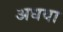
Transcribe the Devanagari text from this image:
अधवा